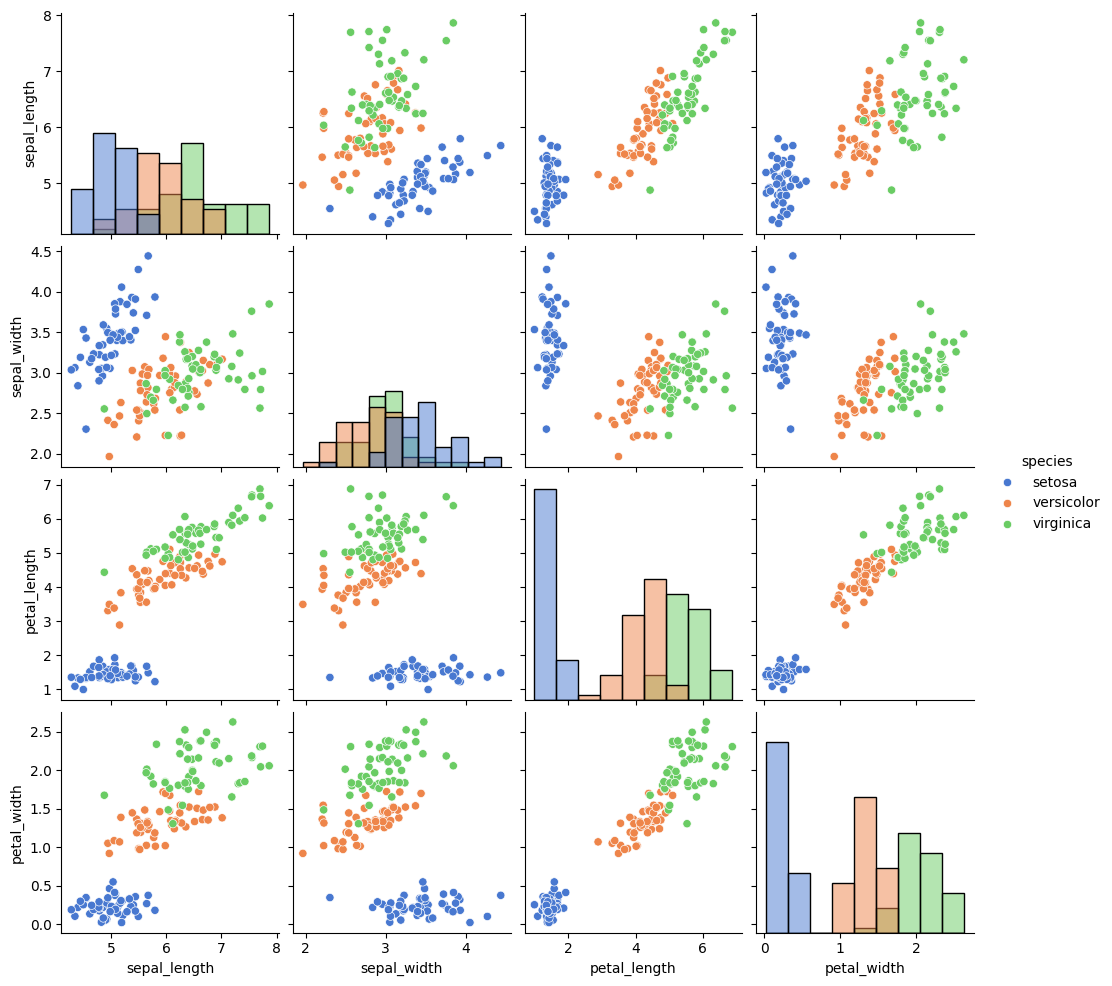
python, seaborn, pairplot, palette='muted', markers=['o'], kind='scatter', diag_kind='hist'